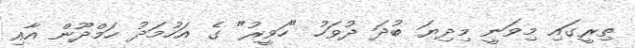
ތިރީގައި މިވަނީ މިދިޔަ ބުދަ ދުވަހު "ހަވީރު" ގެ އަހުމަދު ހަމްދޫން އާއި